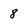
Character: 8